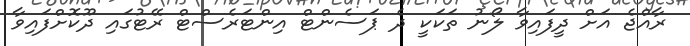
ރާއްޖެ އަށް ދީފައިވާ ލޯނު ތަކަކީ ދެ ޕަސެންޓް އިންޓަރެސްޓް ރޭޓުގައި ދޫކޮށްފައިވާ